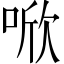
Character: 𪡗